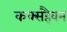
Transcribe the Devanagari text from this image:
कक्सहैवन